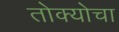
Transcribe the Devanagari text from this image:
तोक्योचा